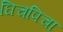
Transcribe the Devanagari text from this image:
घिचपिचा